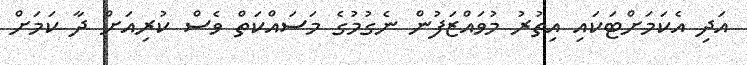
އަދި އެކަމަށްޓަކައި އިތުރު މުވައްޒަފުން ނެގުމުގެ މަސައްކަތް ވެސް ކުރިއަށް ދާ ކަމަށް